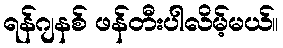
ရန်ဂျနစ် ဖန်တီးပါလိမ့်မယ်။